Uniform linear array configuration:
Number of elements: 64
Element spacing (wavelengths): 1
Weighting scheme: binomial
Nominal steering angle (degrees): -45
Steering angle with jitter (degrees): -46.957
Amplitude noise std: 0.05
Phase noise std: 0.05

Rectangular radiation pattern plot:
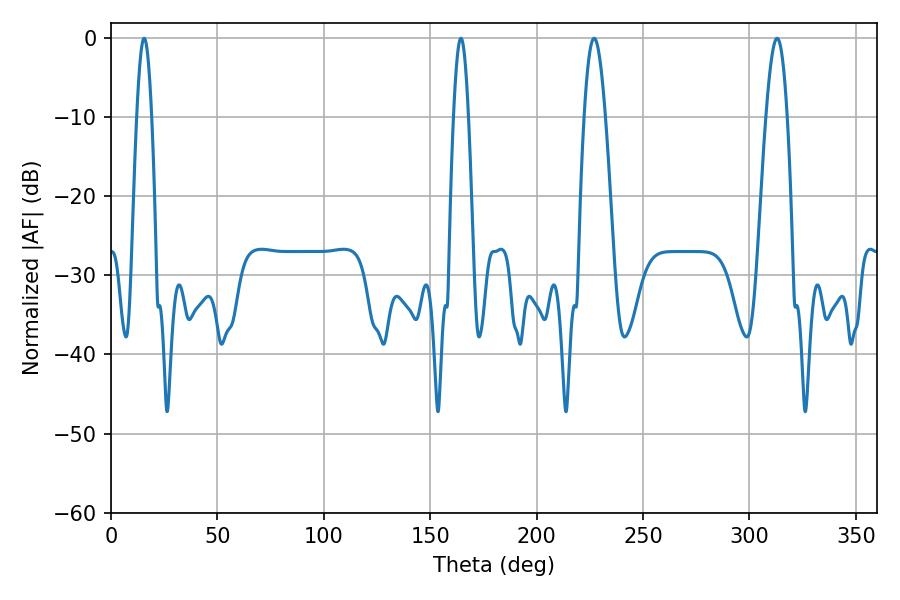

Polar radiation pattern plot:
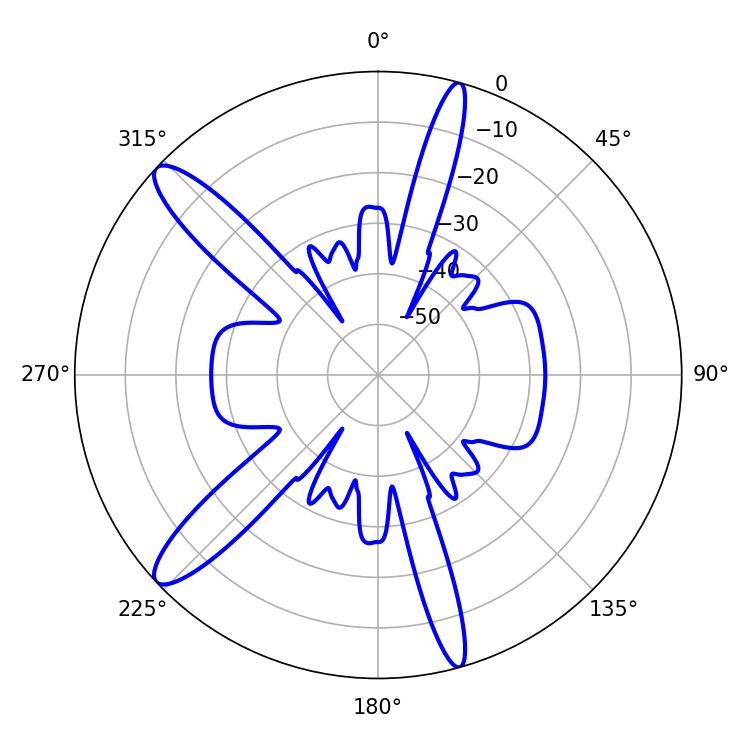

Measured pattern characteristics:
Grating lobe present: TRUE
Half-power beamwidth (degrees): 5.4
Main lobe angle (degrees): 226.98